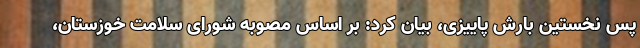
پس نخستین بارش پاییزی، بیان کرد: بر اساس مصوبه شورای سلامت خوزستان،